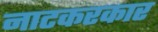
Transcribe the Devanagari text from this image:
नाटकरकार